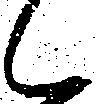
候